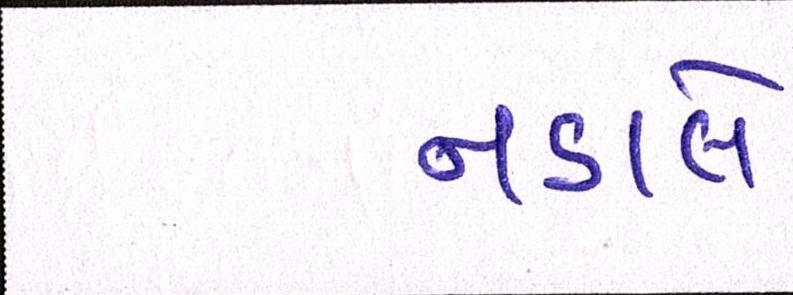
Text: નડાલે